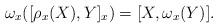
LaTeX: \begin{align*} \omega_x([\rho_x(X), Y]_x) = [X, \omega_x(Y)]. \end{align*}